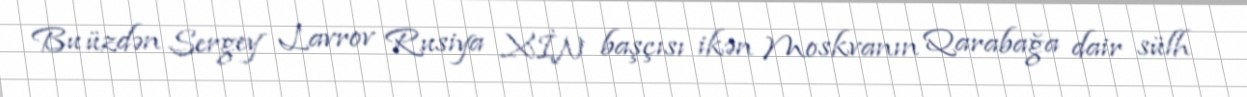
Bu üzdən Sergey Lavrov Rusiya XİN başçısı ikən Moskvanın Qarabağa dair sülh